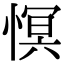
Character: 慏